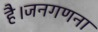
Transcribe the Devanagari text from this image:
है।जनगणना